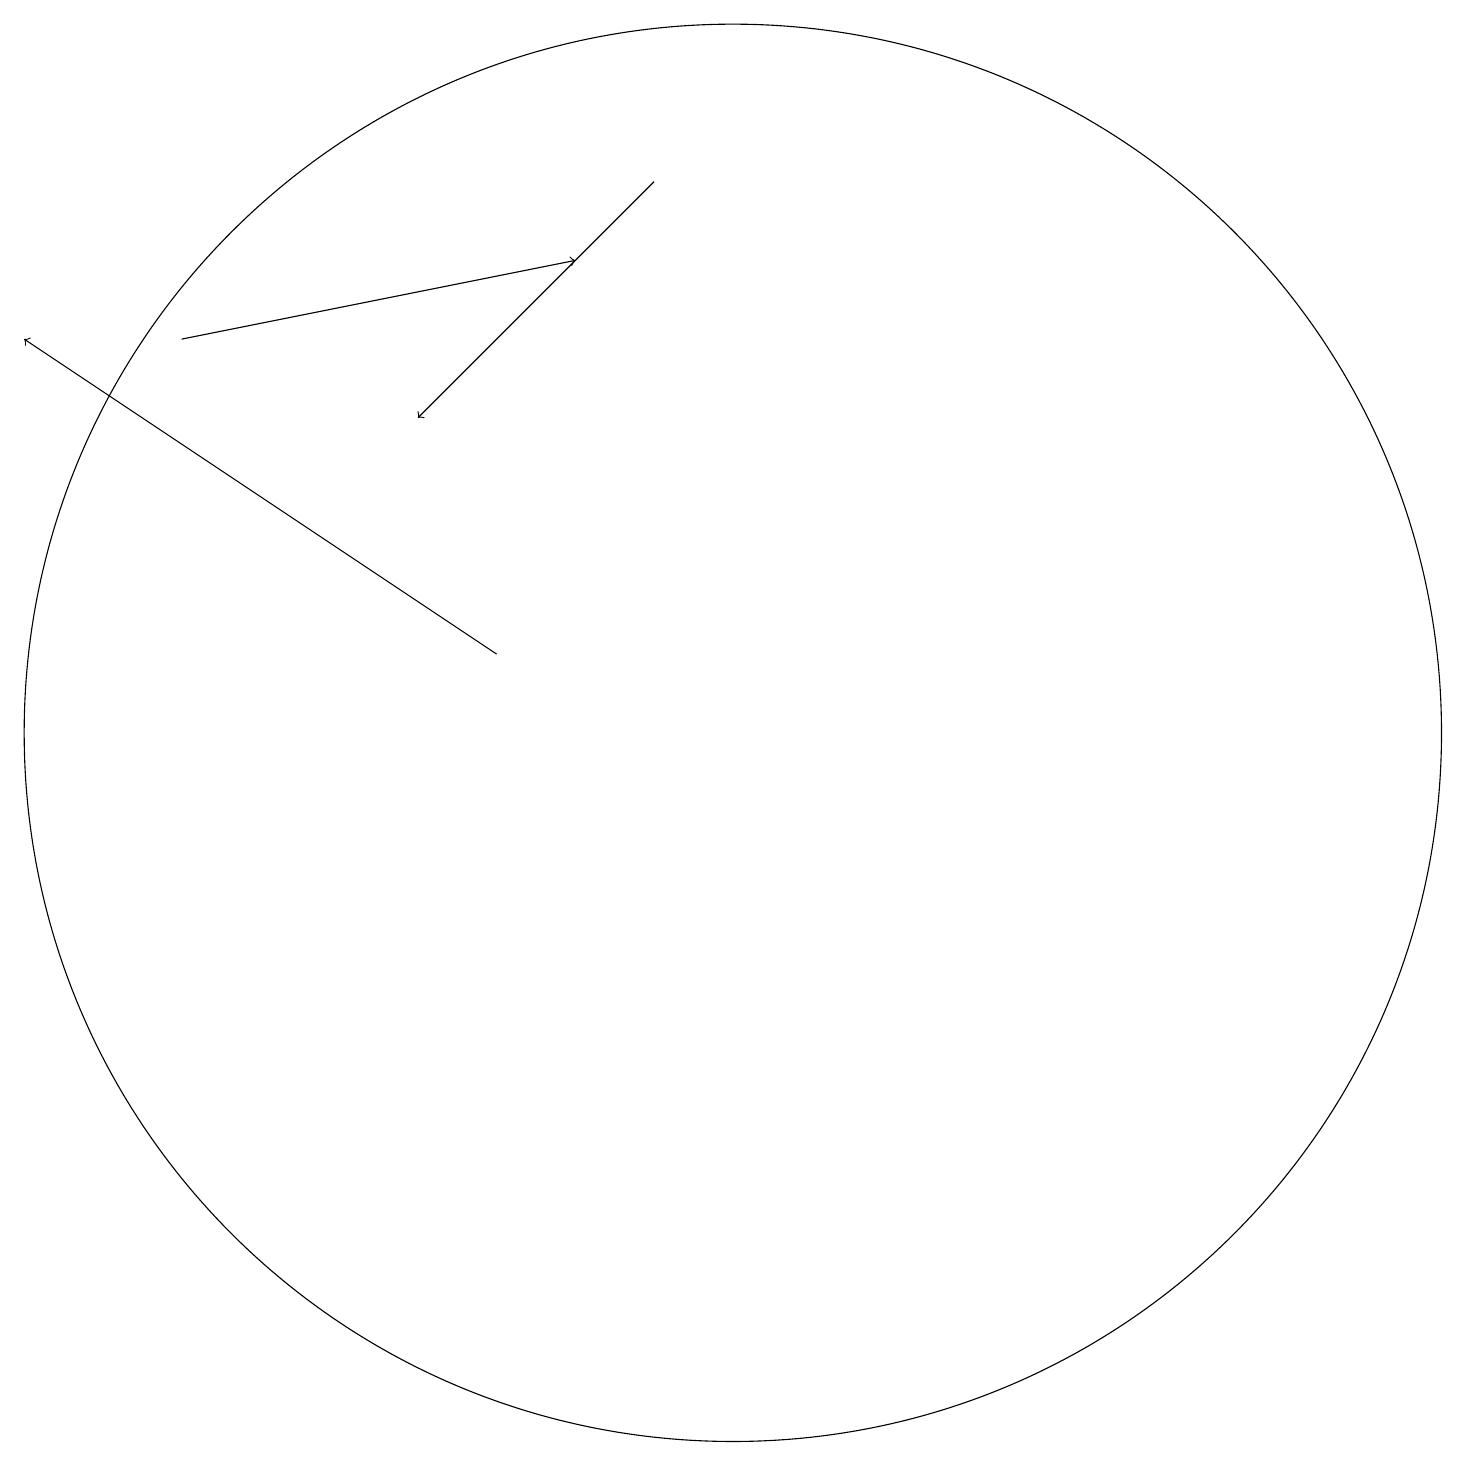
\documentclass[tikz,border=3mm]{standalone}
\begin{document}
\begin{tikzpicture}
\draw[->] (9,19) -- (6,16);
\draw[->] (7,13) -- (1,17);
\draw[->] (3,17) -- (8,18);
\draw (10,12) circle (9);
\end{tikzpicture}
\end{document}